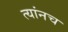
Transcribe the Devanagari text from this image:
त्यांनच